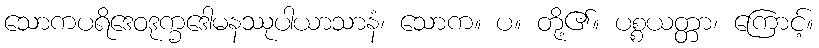
သောကပရိဒေဝဒုက္ခဒေါမနဿုပါယာသာနံ၊ သောက။ ပ။ တို့၏။ ပစ္စယတ္တာ၊ ကြောင့်။